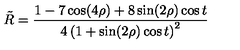
\tilde { R } = \frac { 1 - 7 \cos ( 4 \rho ) + 8 \sin ( 2 \rho ) \cos t } { 4 \left( 1 + \sin ( 2 \rho ) \cos t \right) ^ { 2 } }